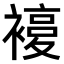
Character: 𧜰